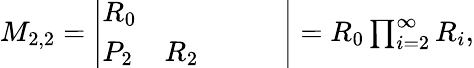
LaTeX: \begin{array}{r}{M_{2,2}=\left|\begin{array}{lllll}{R_{0}}&{}&{}&{}&{}\\ {P_{2}}&{R_{2}}&{}&{}&{}\end{array}\right|=R_{0}\prod_{i=2}^{\infty}R_{i},}\end{array}